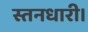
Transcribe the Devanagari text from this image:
स्तनधारी।